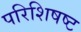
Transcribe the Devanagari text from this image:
परिशिषष्ट